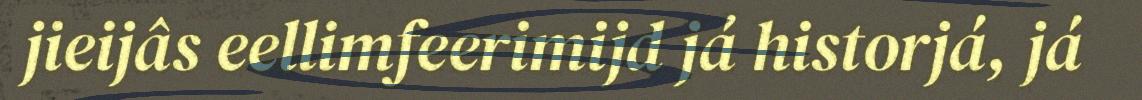
jieijâs eellimfeerimijd já historjá, já